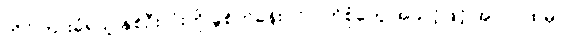
တိုင်ကြားခံရသူ နှစ်ဦးလုံးကို ခွဲစိတ်ခန်းဝင် ဝတ်စုံတွေ အသင့်ဖြင့် အလုပ်ထဲမှာ